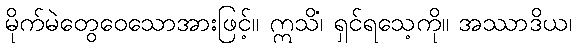
မိုက်မဲတွေဝေသောအားဖြင့်။ ဣသိံ၊ ရှင်ရသေ့ကို။ အဿာဒိယ၊